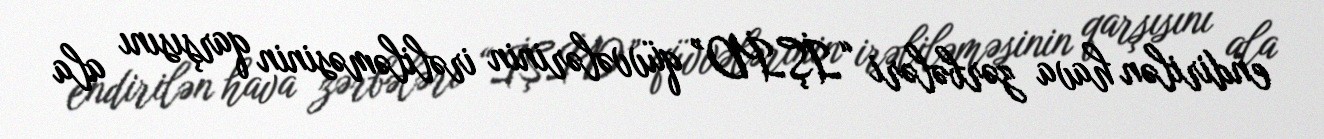
endirilən hava zərbələri “İŞİD” qüvvələrinin irəliləməsinin qarşısını ala